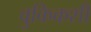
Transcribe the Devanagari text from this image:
वुकिकशी